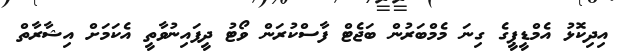
އިދިކޮޅު އެމްޑީޕީގެ ގިނަ މެމްބަރުން ބަޖެޓް ފާސްކުރަން ވޯޓު ދީފައިނުވާތީ އެކަމަށް އިޝާރާތް